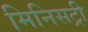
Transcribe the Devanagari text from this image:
मिनिसट्री